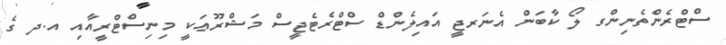
ސްޓްރެންތެނިންގ ލޯ ކާބަން އެނަރޖީ އައިލެންޑް ސްޓްރެޓެޖީސް މަޝްރޫޢަކީ މިނިސްޓްރީއާއި އ.ދ ގެ